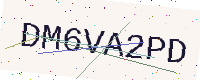
Text: DM6VA2PD